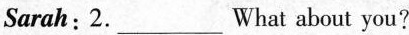
Sarah:2.___What about you?